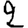
Digit: 2